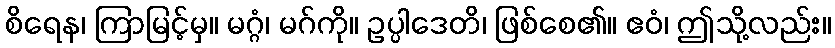
စိရေန၊ ကြာမြင့်မှ။ မဂ္ဂံ၊ မဂ်ကို။ ဥပ္ပါဒေတိ၊ ဖြစ်စေ၏။ ဧဝံ၊ ဤသို့လည်း။